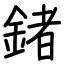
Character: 鍺